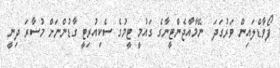
ފޯވާޑްލައިން ވަރުގަދަ  ނޭމާއާޖެންޓީނާގެ ގައުމީ ޓީމުގެ ސެކިއުރިޓީ ގާޑުންނަށް މުސާރަ ދިނީ